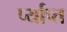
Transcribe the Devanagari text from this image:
र्प्याप्त